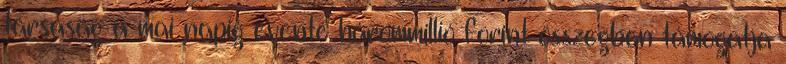
társaság a mai napig évente hárommillió forint összegben támogatja